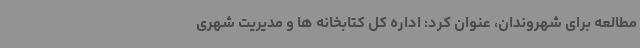
مطالعه برای شهروندان، عنوان کرد: اداره کل کتابخانه ها و مدیریت شهری